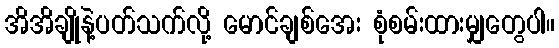
အိအိချိုနဲ့ပတ်သက်လို့ မောင်ချစ်အေး စုံစမ်းထားမျှတွေပါ။